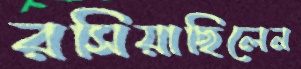
রসিয়াছিলেন